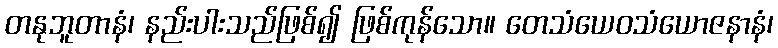
တနုဘူတာနံ၊ နည်းပါးသည်ဖြစ်၍ ဖြစ်ကုန်သော။ တေသံယေဝသံယောဇနာနံ၊